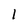
Character: 1